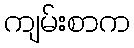
ကျမ်းစာက